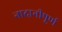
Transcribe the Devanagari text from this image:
नादानीपूर्ण